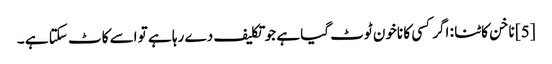
[5] ناخن کاٹنا : اگر کسی کا ناخون ٹوٹ گیا ہے جو تکلیف دے رہا ہے تو اسے کاٹ سکتا ہے ۔